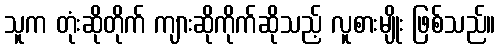
သူက တုံးဆိုတိုက် ကျားဆိုကိုက်ဆိုသည့် လူစားမျိုး ဖြစ်သည်။